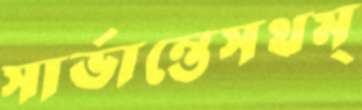
সার্ভান্তেসথম্‌